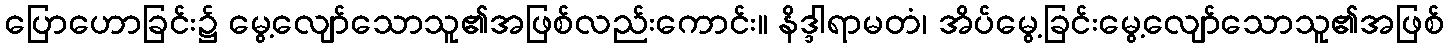
ပြောဟောခြင်း၌ မွေ့လျော်သောသူ၏အဖြစ်လည်းကောင်း။ နိဒ္ဒါရာမတံ၊ အိပ်မွေ့ခြင်းမွေ့လျော်သောသူ၏အဖြစ်